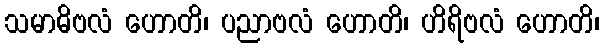
သမာဓိဗလံ ဟောတိ၊ ပညာဗလံ ဟောတိ၊ ဟိရိဗလံ ဟောတိ၊